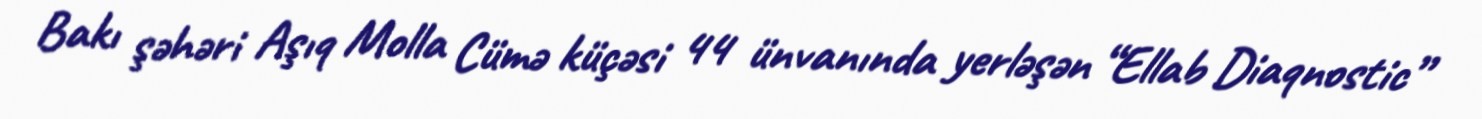
Bakı şəhəri Aşıq Molla Cümə küçəsi 44 ünvanında yerləşən “Ellab Diaqnostic”